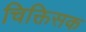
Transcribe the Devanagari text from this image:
चिक्तिसक